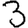
Digit: 3